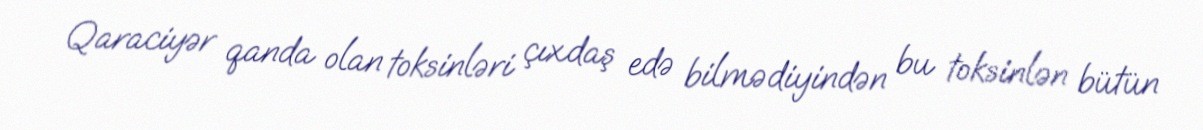
Qaraciyər qanda olan toksinləri çıxdaş edə bilmədiyindən bu toksinlən bütün